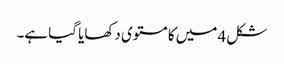
شکل 4 میں کا مستوی دکھایا گیا ہے۔